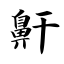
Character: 鼾